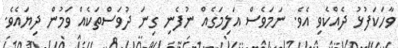
ވާހަކަފުޅު ދެއްކެވި އެވެ. ނަމަވެސް އަލިމަގެއް ނުފެނި ގިނަ ދުވަސްތަކެއް ވަމުން ދިޔައެވެ.